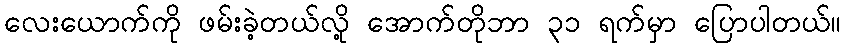
လေးယောက်ကို ဖမ်းခဲ့တယ်လို့ အောက်တိုဘာ ၃၁ ရက်မှာ ပြောပါတယ်။